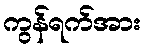
ကွန်ရက်အား